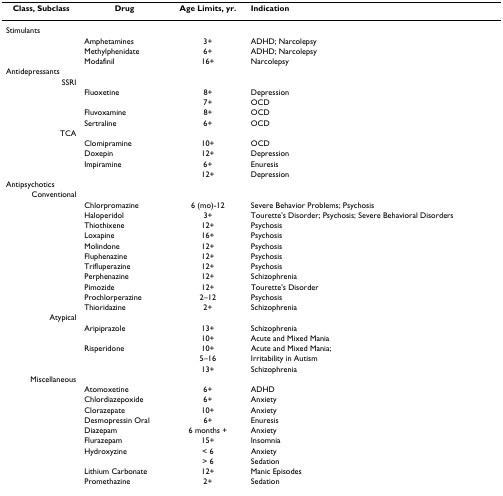
| Class, Subclass | Drug | Age Limits, yr. | Indication |
 | --- | --- | --- | --- |
 | Stimulants |  |  |  |
 |  | Amphetamines | 3+ | ADHD; Narcolepsy |
 |  | Methylphenidate | 6+ | ADHD; Narcolepsy |
 |  | Modafinil | 16+ | Narcolepsy |
 | Antidepressants |  |  |  |
 | SSRI |  |  |  |
 |  | Fluoxetine | 8+ | Depression |
 |  |  | 7+ | OCD |
 |  | Fluvoxamine | 8+ | OCD |
 |  | Sertraline | 6+ | OCD |
 | TCA |  |  |  |
 |  | Clomipramine | 10+ | OCD |
 |  | Doxepin | 12+ | Depression |
 |  | Impiramine | 6+ | Enuresis |
 |  |  | 12+ | Depression |
 | Antipsychotics |  |  |  |
 | Conventional |  |  |  |
 |  | Chlorpromazine | 6 (mo)-12 | Severe Behavior Problems; Psychosis |
 |  | Haloperidol | 3+ | Tourette's Disorder; Psychosis; Severe Behavioral Disorders |
 |  | Thiothixene | 12+ | Psychosis |
 |  | Loxapine | 16+ | Psychosis |
 |  | Molindone | 12+ | Psychosis |
 |  | Fluphenazine | 12+ | Psychosis |
 |  | Trifluperazine | 12+ | Psychosis |
 |  | Perphenazine | 12+ | Schizophrenia |
 |  | Pimozide | 12+ | Tourette's Disorder |
 |  | Prochlorperazine | 2–12 | Psychosis |
 |  | Thioridazine | 2+ | Schizophrenia |
 | Atypical |  |  |  |
 |  | Aripiprazole | 13+ | Schizophrenia |
 |  |  | 10+ | Acute and Mixed Mania |
 |  | Risperidone | 10+ | Acute and Mixed Mania; |
 |  |  | 5–16 | Irritability in Autism |
 |  |  | 13+ | Schizophrenia |
 | Miscellaneous |  |  |  |
 |  | Atomoxetine | 6+ | ADHD |
 |  | Chlordiazepoxide | 6+ | Anxiety |
 |  | Clorazepate | 10+ | Anxiety |
 |  | Desmopressin Oral | 6+ | Enuresis |
 |  | Diazepam | 6 months + | Anxiety |
 |  | Flurazepam | 15+ | Insomnia |
 |  | Hydroxyzine | < 6 | Anxiety |
 |  |  | > 6 | Sedation |
 |  | Lithium Carbonate | 12+ | Manic Episodes |
 |  | Promethazine | 2+ | Sedation |